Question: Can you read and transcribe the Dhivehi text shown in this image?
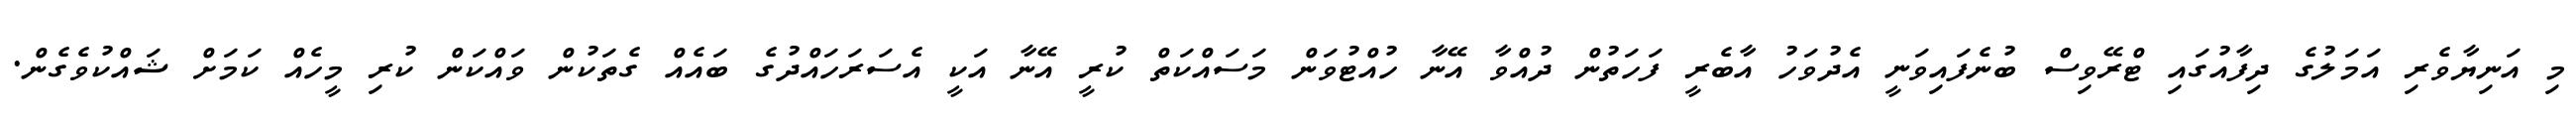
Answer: މި އަނިޔާވެރި އަމަލުގެ ދިފާއުގައި ޓްރޭވިސް ބުނެފައިވަނީ އެދުވަހު އާބެރީ ފަހަތުން ދުއްވާ އޭނާ ހުއްޓުވަން މަސައްކަތް ކުރީ އޭނާ އަކީ އެސަރަހައްދުގެ ބައެއް ގެތަކުން ވައްކަން ކުރި މީހެއް ކަމަށް ޝައްކުވެގެން.